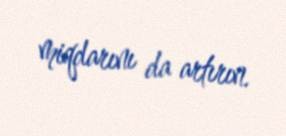
miqdarını da artırın.